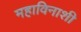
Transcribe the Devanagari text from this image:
महाविनाशी